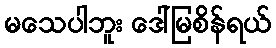
မသေပါဘူး ဒေါ်မြစိန်ရယ်